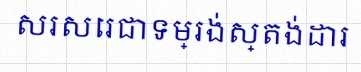
សរសេរជាទម្រង់ស្តង់ដារ